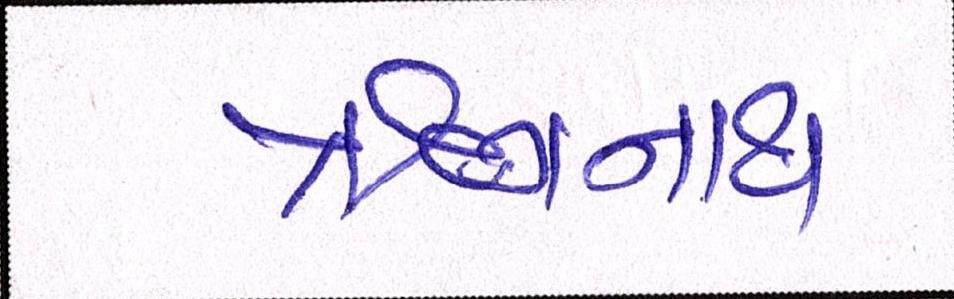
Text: ઋગનાથ